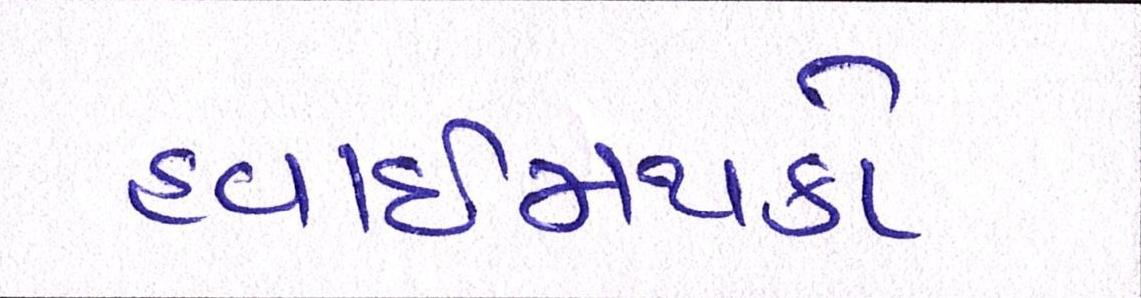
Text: હવાઈમથકો